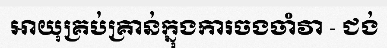
អាយុគ្រប់គ្រាន់ក្នុងការចងចាំវា - ជង់